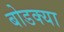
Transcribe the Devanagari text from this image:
बोडक्या